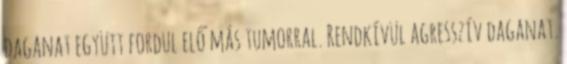
daganat együtt fordul elő más tumorral. Rendkívül agresszív daganat.